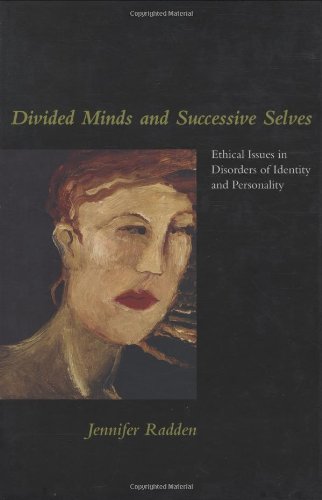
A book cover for Divided Minds and Successive Selves: Ethical Issues in Disorders of Identity and Personality; Jennifer Radden Keefe; Health, Fitness & Dieting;